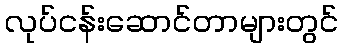
လုပ်ငန်းဆောင်တာများတွင်